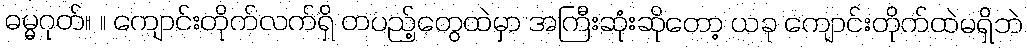
ဓမ္မဂုတ်။ ။ ကျောင်းတိုက်လက်ရှိ တပည့်တွေထဲမှာ အကြီးဆုံးဆိုတော့ ယခု ကျောင်းတိုက်ထဲမရှိဘဲ